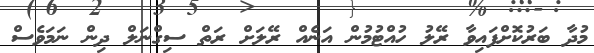
މުދާ ބަރުކޮށްފައިވާ ރޭލު ހުއްޓުމުން އަނެއް ރޭލަށް ރަތް ސިގްނަލް ދިން ނަމަވެސް